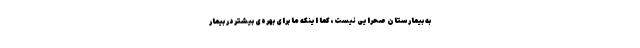
به بیمارستان صحرایی نیست، کما اینکه ما برای بهره‌ی بیشتر در بیمار